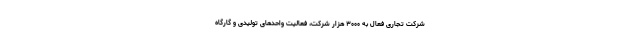
شرکت تجاری فعال به ۳۰۰۰ هزار شرکت، فعالیت واحدهای تولیدی و گارگاه